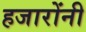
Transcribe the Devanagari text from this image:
हजारोंनी